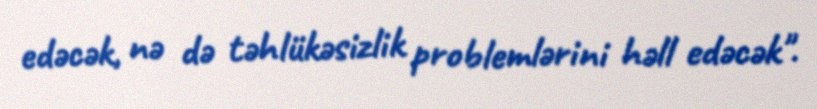
edəcək, nə də təhlükəsizlik problemlərini həll edəcək".